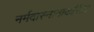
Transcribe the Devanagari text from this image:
नर्मदास्नानाकरिता